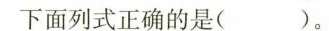
下面列式正确的是( )。